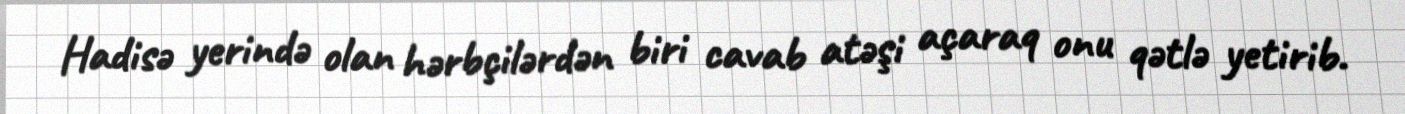
Hadisə yerində olan hərbçilərdən biri cavab atəşi açaraq onu qətlə yetirib.